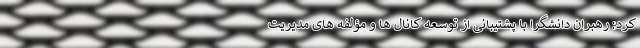
کرد: رهبران دانشگرا با پشتیبانی از توسعه کانال ها و مؤلفه های مدیریت